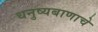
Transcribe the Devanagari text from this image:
धनुष्यबाणाचे